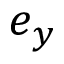
e _ { y }